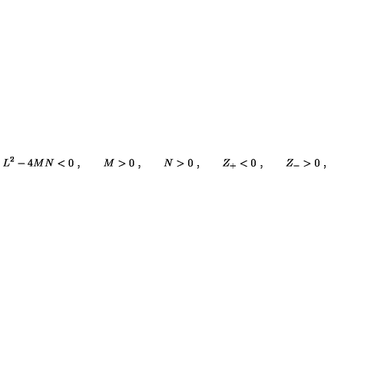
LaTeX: L ^ { 2 } - 4 M N < 0 \ , \qquad M > 0 \ , \qquad N > 0 \ , \qquad Z _ { + } < 0 \ , \qquad Z _ { - } > 0 \ ,